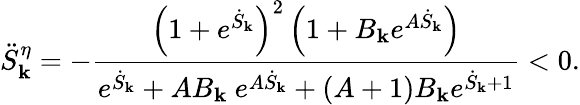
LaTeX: \ddot{S}_{\mathbf k}^{\eta}=-\frac{\left(1+e^{\dot{S}_{\mathbf k}}\right)^{2}\left(1+B_{\mathbf k}e^{A\dot{S}_{\mathbf k}}\right)}{e^{\dot{S}_{\mathbf k}}+AB_{\mathbf k}~e^{A\dot{S}_{\mathbf k}}+(A+1)B_{\mathbf k}e^{\dot{S}_{\mathbf k}+1}}<0.